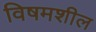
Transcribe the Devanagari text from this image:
विषमशील